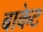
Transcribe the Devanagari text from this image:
बाकेट